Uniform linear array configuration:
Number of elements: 64
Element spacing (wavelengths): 1
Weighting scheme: hamming
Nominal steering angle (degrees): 45
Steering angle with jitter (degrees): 45.623
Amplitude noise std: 0.05
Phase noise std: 0.05

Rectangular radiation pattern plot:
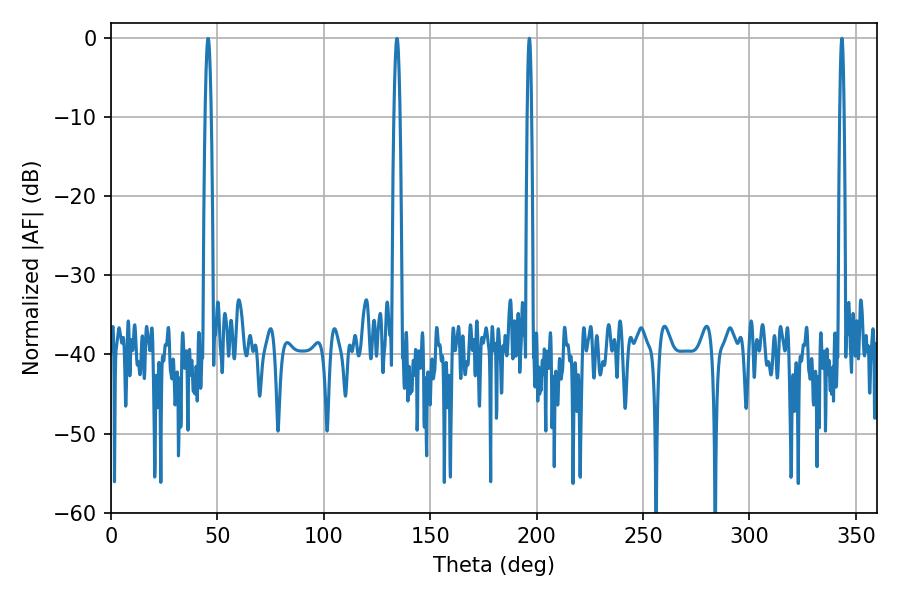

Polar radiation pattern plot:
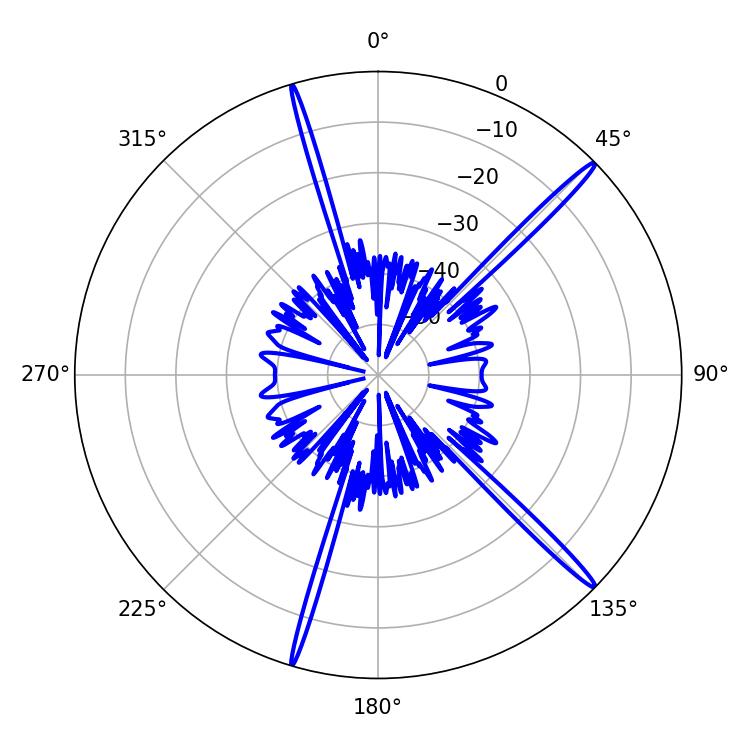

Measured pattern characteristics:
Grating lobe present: TRUE
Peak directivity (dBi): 18.08
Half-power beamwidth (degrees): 1.08
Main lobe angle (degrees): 196.56